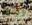
ليس